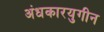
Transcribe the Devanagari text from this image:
अंधकारयुगीन